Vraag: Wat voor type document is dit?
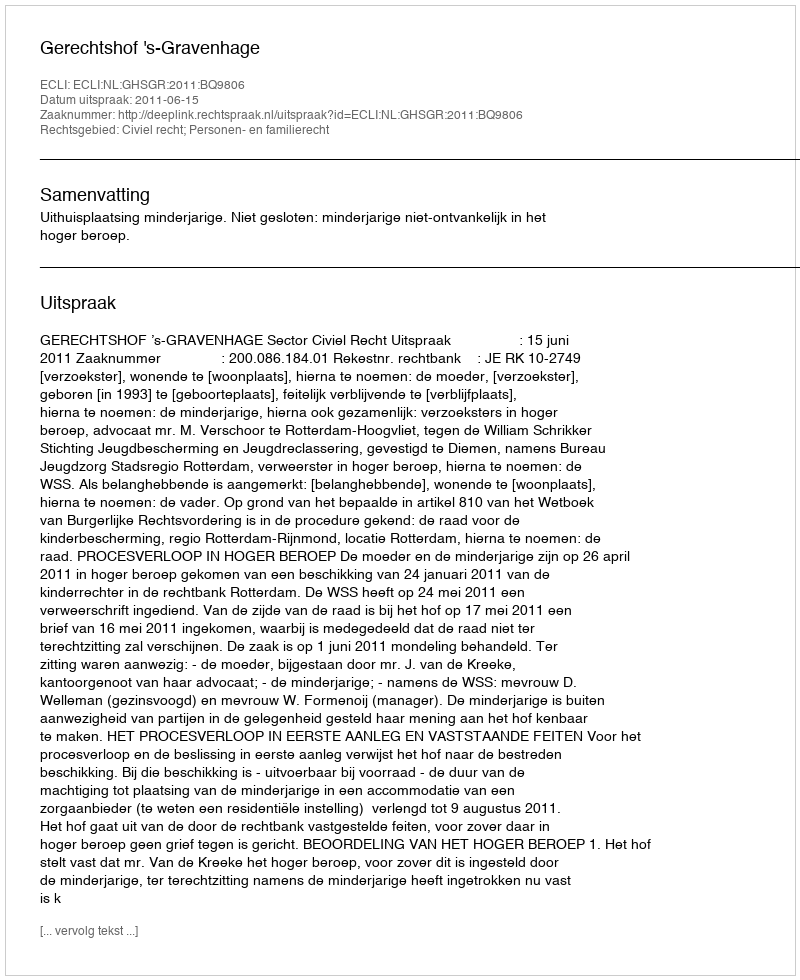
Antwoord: Uitspraak